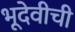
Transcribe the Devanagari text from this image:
भूदेवीची